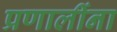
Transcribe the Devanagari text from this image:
प्रणालींना